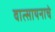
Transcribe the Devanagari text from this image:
वात्सायनाचे